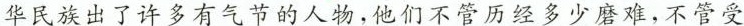
华民族出了许多有气节的人物，他们不管历经多少磨难，不管受